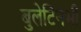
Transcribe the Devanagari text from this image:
बुलेटिनभी